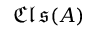
{ \mathfrak { C l s } } ( A )